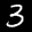
Label: 3